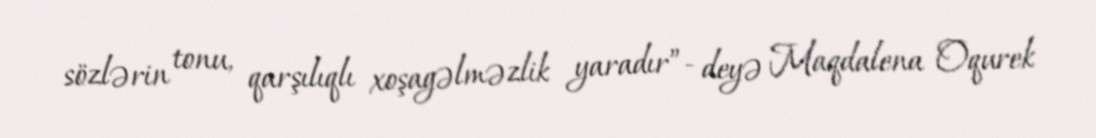
sözlərin tonu, qarşılıqlı xoşagəlməzlik yaradır”- deyə Maqdalena Oqurek